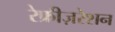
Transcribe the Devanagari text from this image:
रेफ्रीज़रेशन